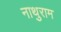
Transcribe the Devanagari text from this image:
नाथुराम